Leprosy in India: report of the Leprosy Commission in India, 1890-91
Year: 1890
Disease focus: Leprosy
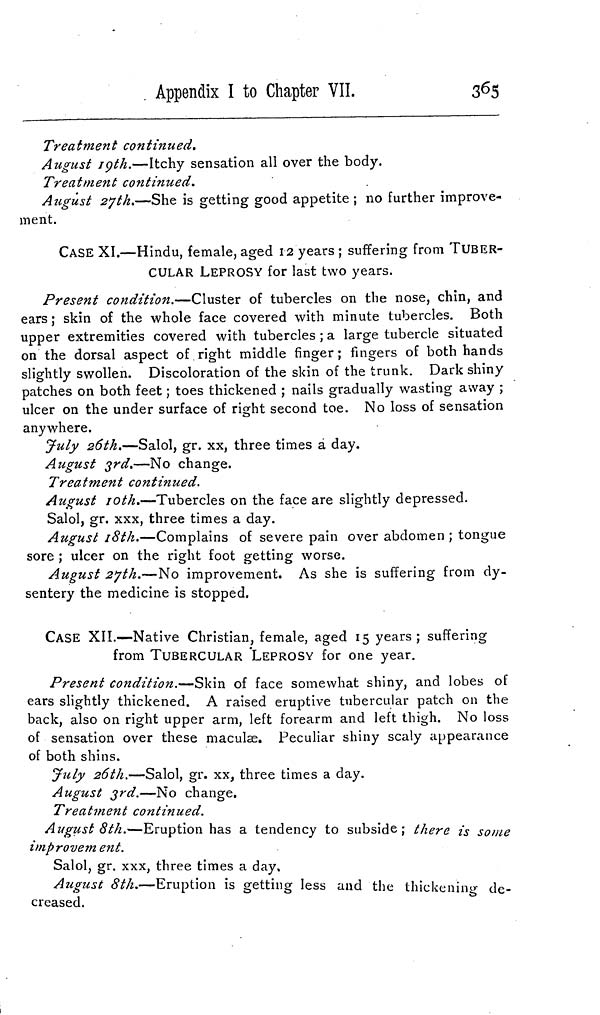
Appendix I to Chapter VII.
365
Treatment continued.
August 19th.—Itchy sensation all over the body.
Treatment continued.
August 27th.—She is getting good appetite ; no further improve-
ment.
CASE XI.—Hindu, female, aged 12 years ; suffering from TUBER-
CULAR LEPROSY for last two years.
Present condition.—Cluster of tubercles on the nose, chin, and
ears ; skin of the whole face covered with minute tubercles. Both
upper extremities covered with tubercles ; a large tubercle situated
on the dorsal aspect of right middle finger; fingers of both hands
slightly swollen. Discoloration of the skin of the trunk. Dark shiny
patches on both feet ; toes thickened ; nails gradually wasting away ;
ulcer on the under surface of right second toe. No loss of sensation
anywhere.
July 26th.—Salol, gr. xx, three times a day.
August 3rd.—No change.
Treatment continued.
August 10th.-—-Tubercles on the face are slightly depressed.
Salol, gr. xxx, three times a day.
August 18th.—Complains of severe pain over abdomen ; tongue
sore ; ulcer on the right foot getting worse.
August 27th.—No improvement. As she is suffering from dy-
sentery the medicine is stopped.
CASE XII.—Native Christian, female, aged 15 years; suffering
from TUBERCULAR LEPROSY for one year.
Present condition.—Skin of face somewhat shiny, and lobes of
ears slightly thickened. A raised eruptive tubercular patch on the
back, also on right upper arm, left forearm and left thigh. No loss
of sensation over these maculae. Peculiar shiny scaly appearance
of both shins.
July 26th.—Salol, gr. xx, three times a day.
August 3rd.—No change.
Treatment continued.
August 8th.—Eruption has a tendency to subside; there is some
improvement.
Salol, gr. xxx, three times a day,
August 8th.-Eruption
is getting less and the thickening de-
creased.